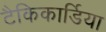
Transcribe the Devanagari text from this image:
टैकिकार्डिया